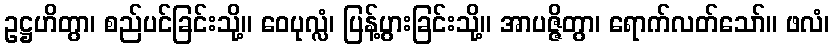
ဥဋ္ဌဟိတွာ၊ စည်ပင်ခြင်းသို့။ ဝေပုလ္လံ၊ ပြန့်ပွားခြင်းသို့။ အာပဇ္ဇိတွာ၊ ရောက်လတ်သော်။ ဖလံ၊